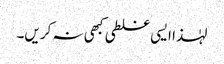
لہٰذا ایسی غلطی کبھی نہ کریں۔